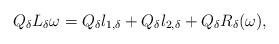
LaTeX: \begin{align*}Q_\delta L_\delta \omega=Q_\delta l_{1,\delta}+Q_\delta l_{2,\delta}+Q_\delta R_\delta(\omega),\end{align*}